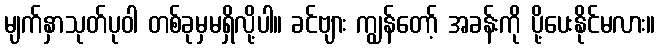
မျက်နှာသုတ်ပုဝါ တစ်ခုမှမရှိလို့ပါ။ ခင်ဗျား ကျွန်တော့် အခန်းကို ပို့ပေးနိုင်မလား။